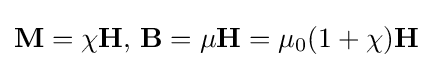
\mathbf {M} =\chi \mathbf {H} ,\,\mathbf {B} =\mu \mathbf {H} =\mu _{0}(1+\chi )\mathbf {H}